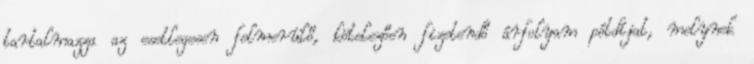
tartalmazza az esetlegesen felmerülő, kötelezően fizetendő árfolyam pótdíjat, melynek